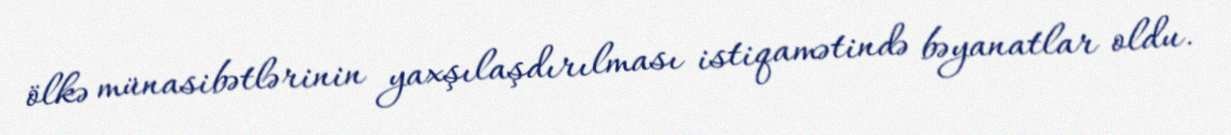
ölkə münasibətlərinin yaxşılaşdırılması istiqamətində bəyanatlar oldu.